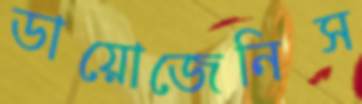
ডায়োজেনিস